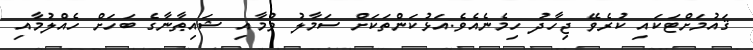
ޤައުމަށްޓަކައި ކުރެވޭ ޖިހާދު ހިމެނެއެވެ.އަޅުކަންތަކަށް ސަމާލު ވުމާއި ޝައިޠާނާގެ ބަހަށް ހެއްލުމާއި